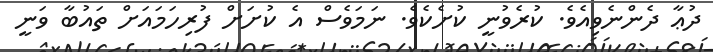
ދުޢާ ދެންނެވިއެވެ. ކުރެވުނީ ކުށެކެވެ. ނަމަވެސް އެ ކުށަށް ފުރިހަމައަށް ތައުބާ ވަނީ